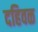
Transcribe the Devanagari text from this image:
दहिवळ